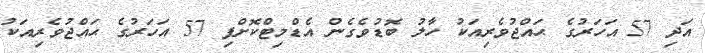
އަދި 57 އަހަރުގެ ޙައްޖުވެރިއަކު ހާލު ބޮޑުވެގެން އެޑްމިޓްކޮށްފި 57 އަހަރުގެ ޙައްޖުވެރިއަކު